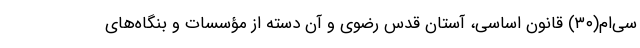
سی‌ام(۳۰) قانون اساسی، آستان قدس رضوی و آن دسته از مؤسسات و بنگاه‌های